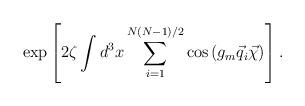
LaTeX: \begin{align*}\exp\left[2\zeta\int d^3x\sum\limits_{i=1}^{N(N-1)/2}\cos\left(g_m\vec q_i\vec\chi\right)\right].\end{align*}